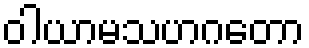
ဝါယာမသဟဂတော